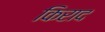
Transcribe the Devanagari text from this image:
किराद